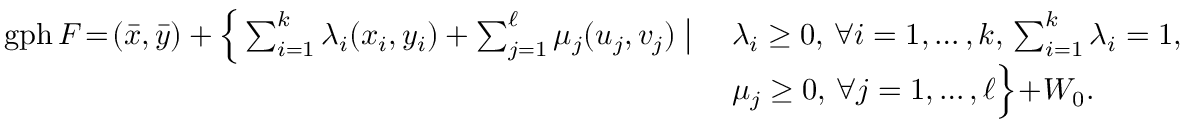
\begin{array} { r } { \begin{array} { l l } { \mathrm { g p h } \, F \! = \! ( \bar { x } , \bar { y } ) + \Big \{ \sum _ { i = 1 } ^ { k } \lambda _ { i } ( x _ { i } , y _ { i } ) + \sum _ { j = 1 } ^ { \ell } \mu _ { j } ( u _ { j } , v _ { j } ) \; \big | \; } & { \lambda _ { i } \geq 0 , \, \forall i = 1 , \ldots , k , \, \sum _ { i = 1 } ^ { k } \lambda _ { i } = 1 , } \\ & { \mu _ { j } \geq 0 , \, \forall j = 1 , \ldots , \ell \Big \} \! + \! W _ { 0 } . } \end{array} } \end{array}